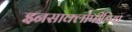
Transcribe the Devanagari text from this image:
इनसाक्लोपीडिया